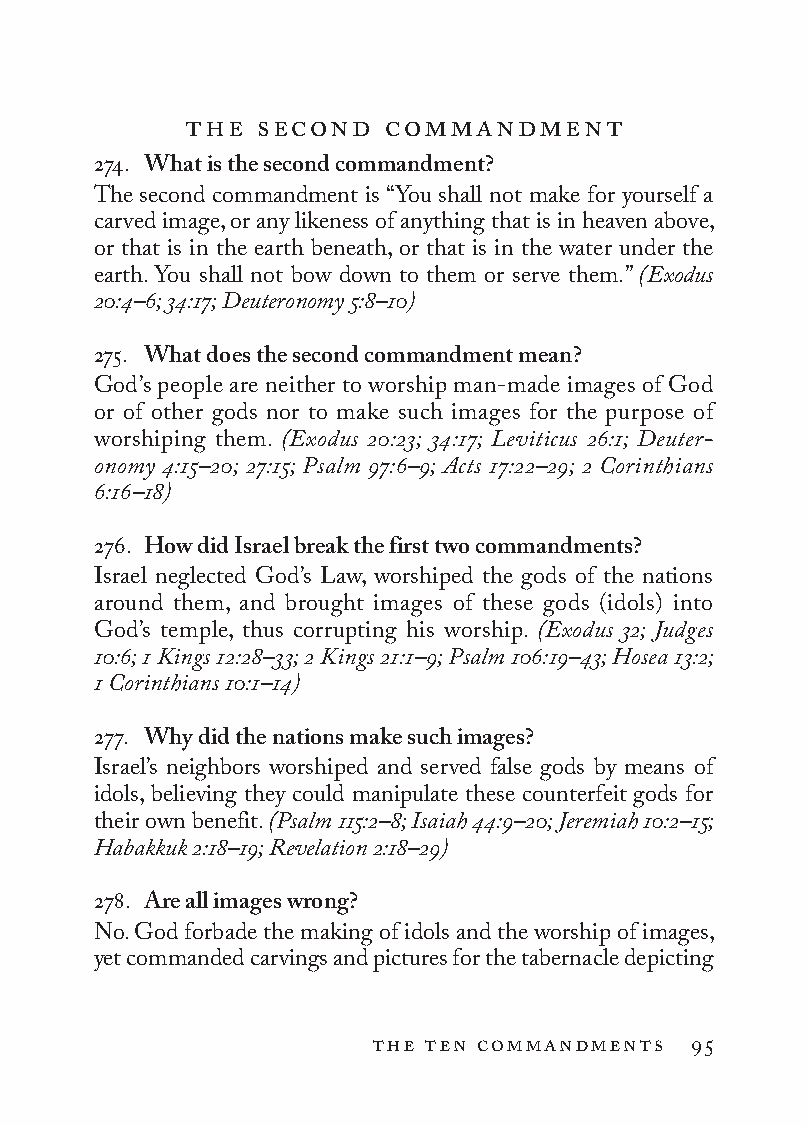
the second   commandment
 274. What is the second commandment?
 The second commandment is “You shall not make for yourself a
 carved image, or any likeness of anything that is in heaven above,
 or that is in the earth beneath, or that is in the water under the
 earth. You shall not bow down to them or serve them.” (Exodus
 20:4–6; 34:17; Deuteronomy 5:8–10)
 275. What does the second commandment mean?
 God’s people are neither to worship man-made images of God
 or of other gods nor to make such images for the purpose of
 worshiping them. (Exodus 20:23; 34:17; Leviticus 26:1; Deuter­
 onomy 4:15–20; 27:15; Psalm 97:6–9; Acts 17:22–29; 2 Co rin thi ans
 6:16–18)
 276. How did Israel break the first two commandments?
 Israel neglected God’s Law, worshiped the gods of the nations
 around them, and brought images of these gods (idols) into
 God’s temple, thus corrupting his worship. (Exodus 32; Judges
 10:6; 1 Kings 12:28–33; 2 Kings 21:1–9; Psalm 106:19–43; Hosea 13:2;
 1 Cor int hia ns 10:1–14)
 277. Why did the nations make such images?
 Israel’s neighbors worshiped and served false gods by means of
 idols, believing they could manipulate these counterfeit gods for
 their own benefit. (Psalm 115:2–8; Isaiah 44:9–20; Jeremiah 10:2–15;
 Habakkuk 2:18–19; Revelation 2:18–29)
 278. Are all images wrong?
 No. God forbade the making of idols and the worship of images,
 yet commanded carvings and pictures for the tabernacle depicting
 the ten commandments 95
 To be a Christian.566776.int.indd 95        11/13/19 1:31 PM